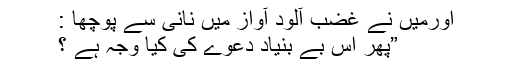
اورمیں نے غضب آلود آواز میں نانی سے پوچھا :
”پھر اس بے بنیاد دعوے کی کیا وجہ ہے ؟